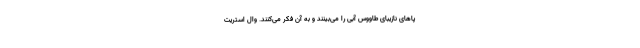
پاهای نازیبای طاووس‌ آبی را می‌بینند و به آن فکر می‌کنند. وال استریت